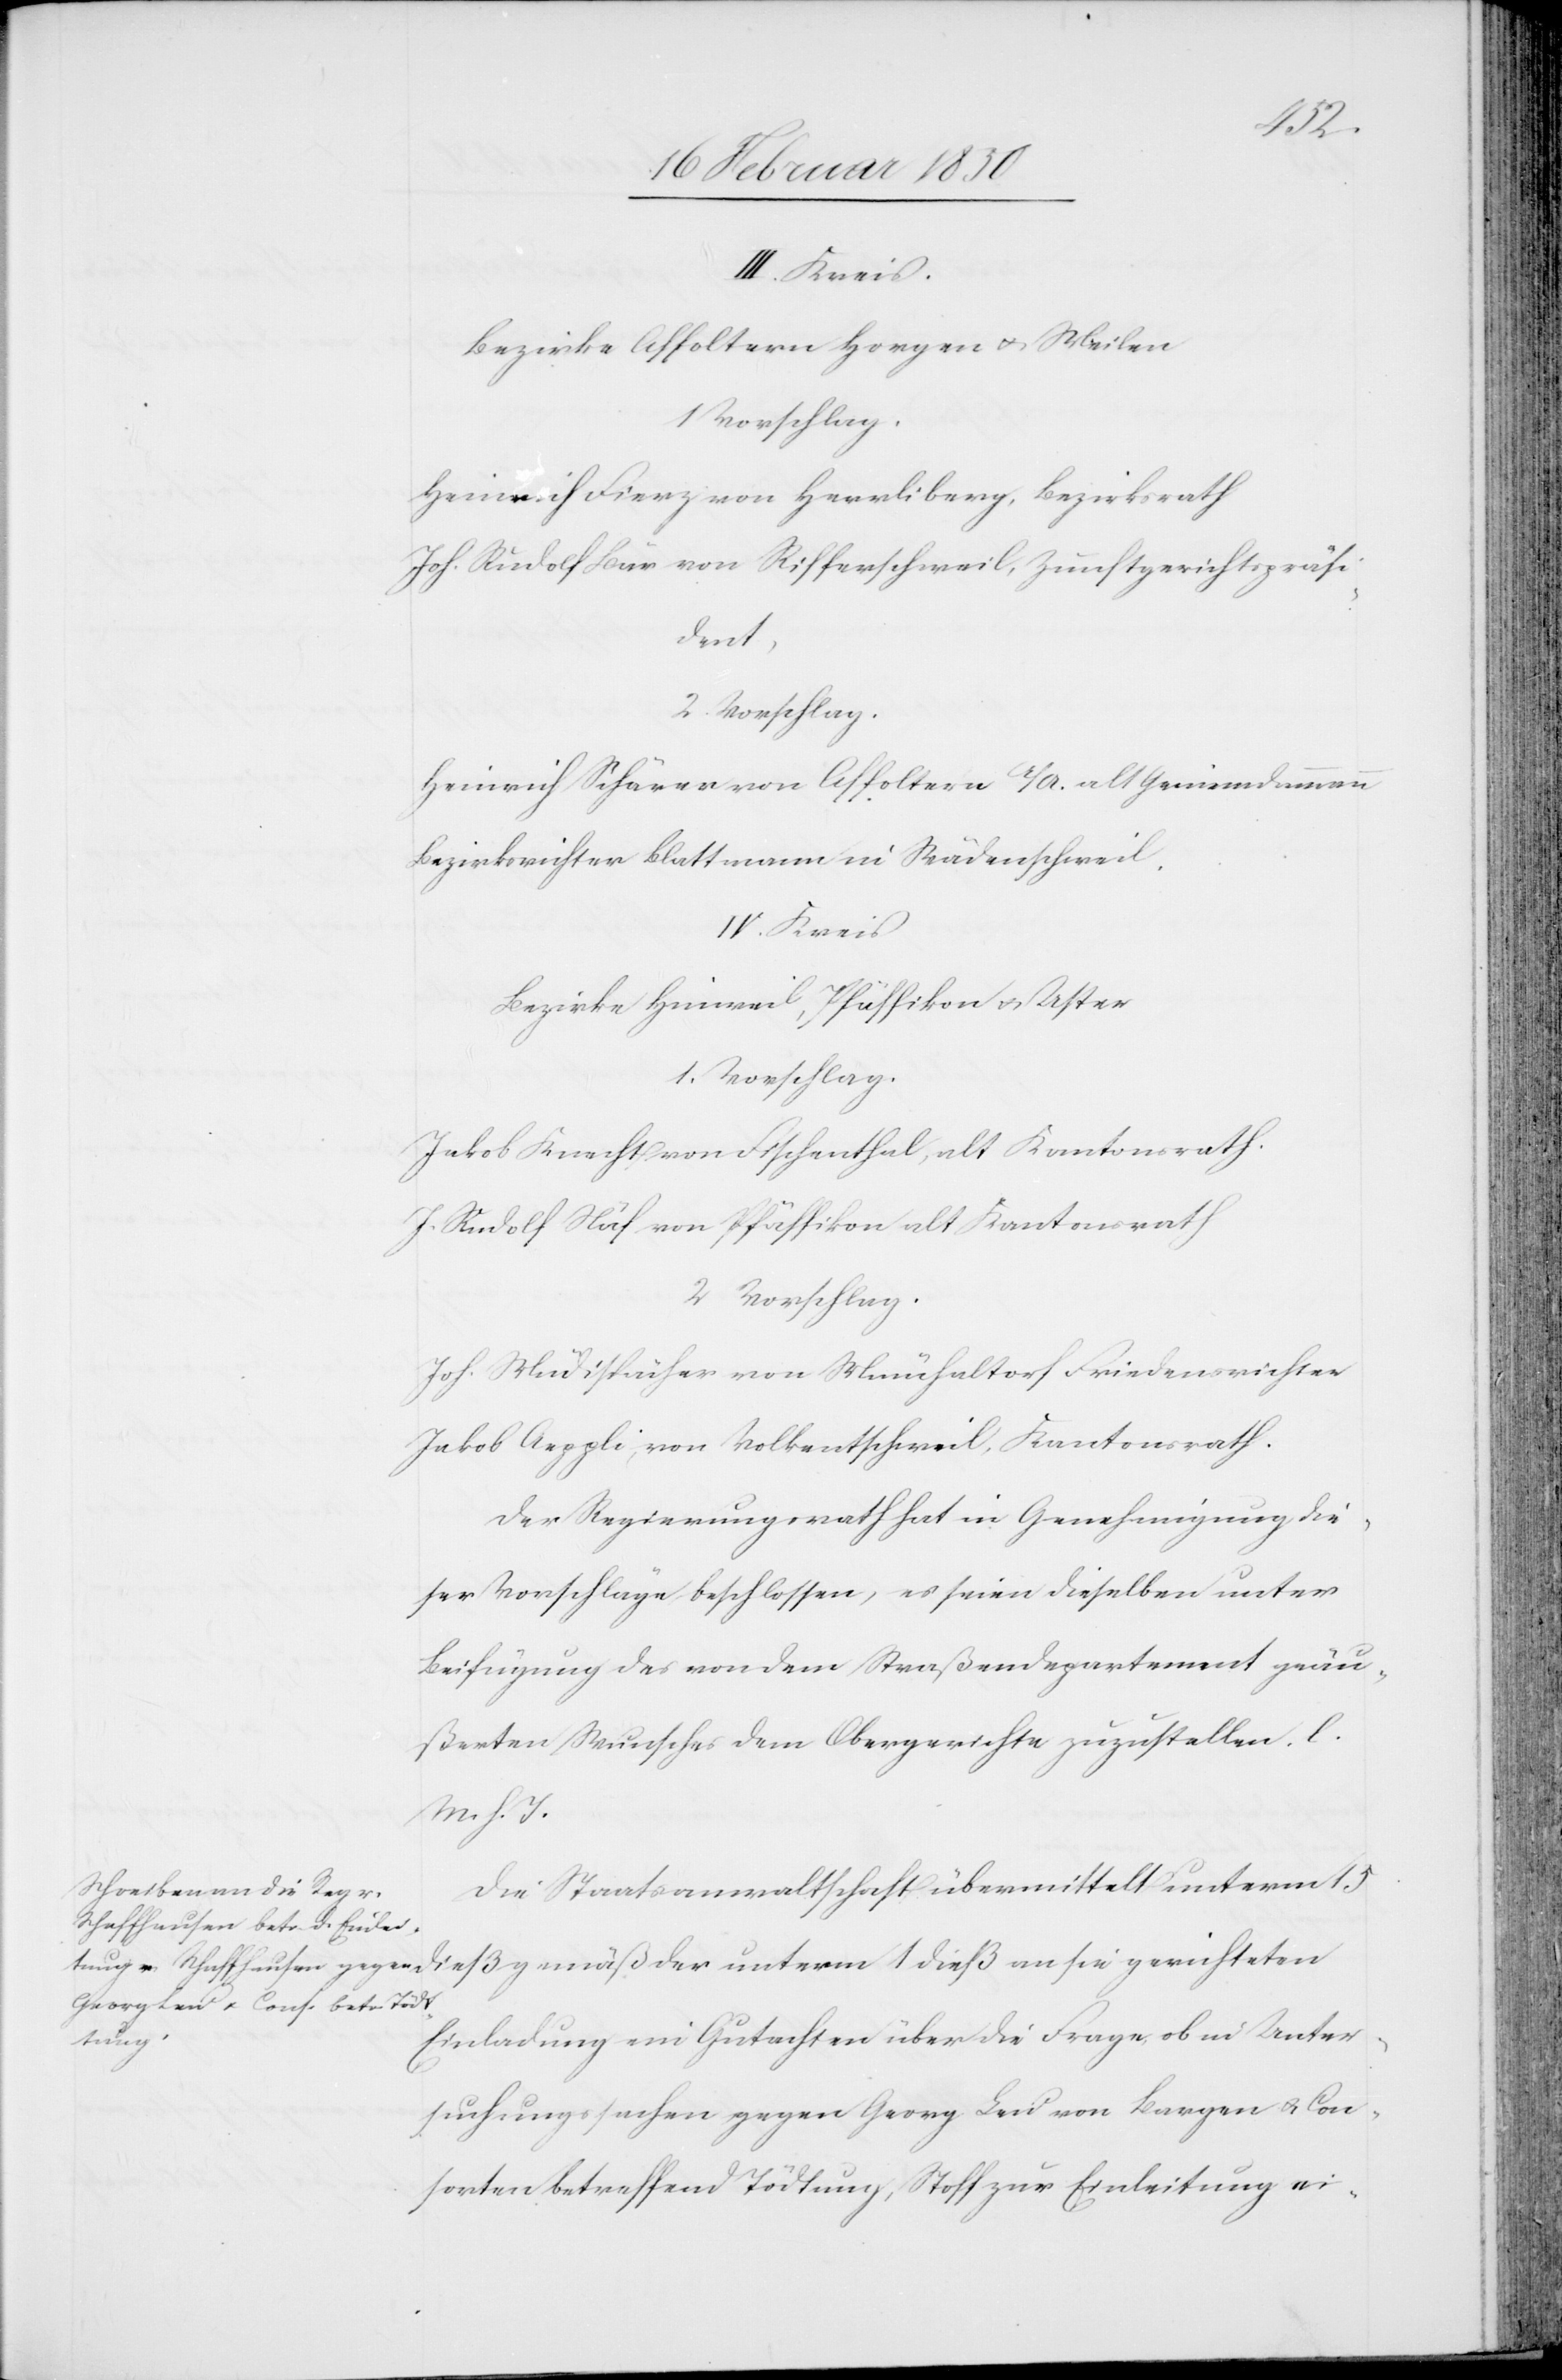
sie
III. Kreis.
Bezirke Affoltern[,] Horgen u. Meilen
1 Vorschlag.
Heinrich Fierz von Herrliberg, Bezirksrath
Joh. Rudolf Bär von Rifferschweil, Zunftgerichtspräsi¬
dent,
2. Vorschlag.
Heinrich Schärer von Affoltern A/A. alt Gemeindammann
Bezirksrichter Blattmann in Wädenschweil.
IV. Kreis
Bezirke Hinweil, Pfäffikon u. Uster
1. Vorschlag.
Jakob Knecht von Fischenthal, alt Kantonsrath.
J. Rudolf Näf von Pfäffikon alt Kantonsrath
2 Vorschlag.
Joh. Müdispächer von Münchaltorf Friedensrichter
Jakob Aeppli, von Volkentschweil, Kantonsrath.
Der Regierungsrath hat in Genehmigung die¬
ser Vorschläge beschlossen, es seien dieselben unter
Beifügung des von dem Straßendepartement geäu¬
ßerten Wunsches dem Obergerichte zuzustellen. l.
M. h. T.
Die Staatsanwaltschaft übermittelt unterm 15
Einladung ein Gutachten über die Fragen ob in Unter¬
unterm
suchungssachen gegen Georg Leu von Bargen u. Con¬
sorten betreffend Tödtung, Stoff zur Einleitung ei-